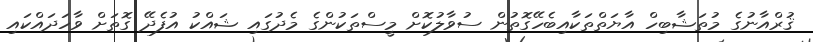
ޤުރްއާނުގެ މުތަޝާބިހް އާޔަތްތަކާއިބެހޭގޮތުން ސުވާލުކޮށް މީސްތަކުންގެ މެދުގައި ޝައްކު އުފެދޭ ގޮތަށް ވާހަދައްކައި